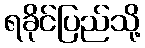
ရခိုင်ပြည်သို့